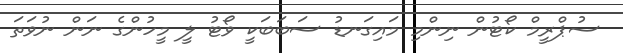
ސުޕްރީމް ކޯޓުން ނިންމި މައިގަނޑު ސަބަބަކީ ވޯޓު ލީ މީހުންގެ ނަން ނުވަތަ